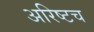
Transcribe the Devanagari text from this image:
अरिष्टच